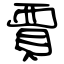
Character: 賈